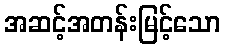
အဆင့်အတန်းမြင့်သော